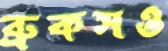
ব্রুকসও